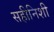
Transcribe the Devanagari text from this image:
सहीनिशी